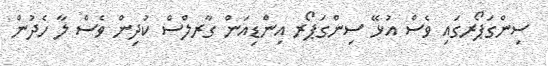
ސިންގަޕޯރގައި ވެސް އުޅޭ ސިންގަޕޯރ އިންޑިއަން ގާރލްސް ކުދިން ވެސް ލާ ހެދުން